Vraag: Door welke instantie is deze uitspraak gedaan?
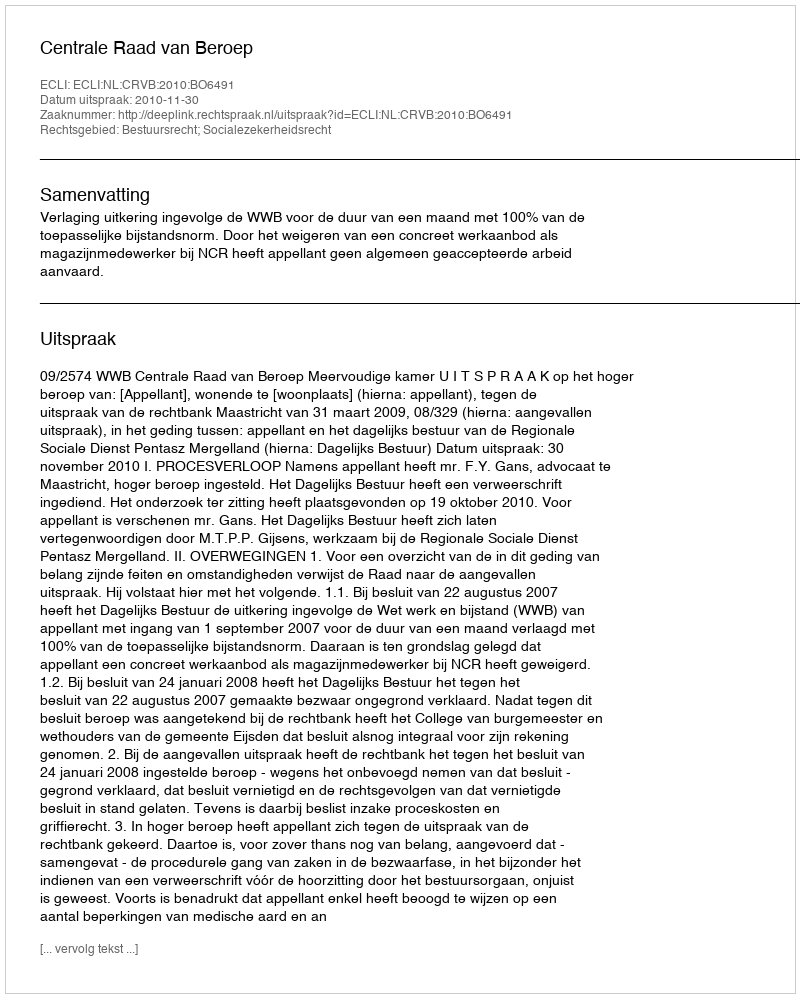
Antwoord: Centrale Raad van Beroep